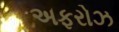
અફરોઝ